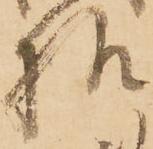
様